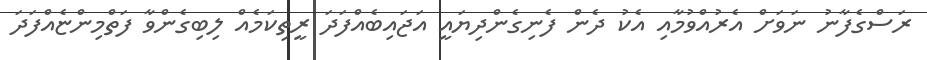
ރަސްގެފާނު ނަވަށް އެރުއްވުމާއި އެކު ދެން ފެނިގެންދިޔައީ އަޖައިބެއްފަދަ ރީތިކަމެއް ލިބިގެންވާ ފަތްމިންޏެއްފަދަ